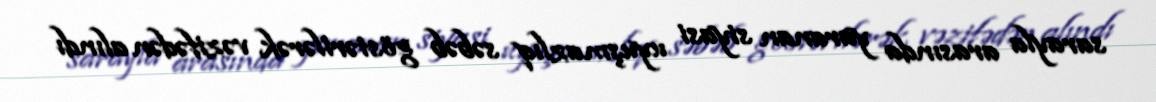
sarayla arasında yaranan siyasi uyuşmazlıq səbəb göstərilərək vəzifədən alındı